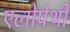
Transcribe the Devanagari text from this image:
एलोपेथी